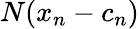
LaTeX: N(x_{n}-c_{n})